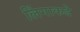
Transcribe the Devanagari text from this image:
लिंगाकडे